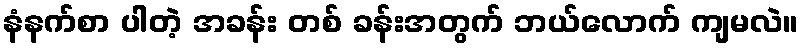
နံနက်စာ ပါတဲ့ အခန်း တစ် ခန်းအတွက် ဘယ်လောက် ကျမလဲ။